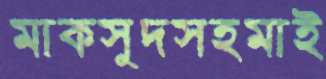
মাকসুদসহমাই